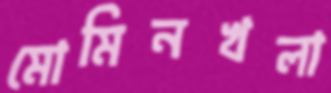
মোমিনখলা